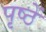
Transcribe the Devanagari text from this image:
पृष्ठें